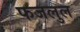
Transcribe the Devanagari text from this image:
फजलुल